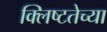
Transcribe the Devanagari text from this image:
क्लिष्टतेच्या